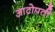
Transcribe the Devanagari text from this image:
आटोपती